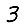
Digit: 3